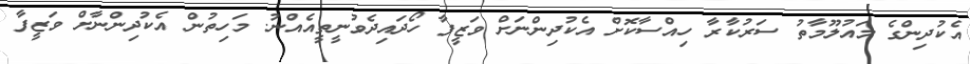
އެކުދިންގެ މައުލޫމާތު ސަރުކާރާ ހިއްސާކޮށް އެކުދިންނަށް ވަޒީފާ ހޯދައިދެވުނީތީއެއްނު. މަހިތުން އެކުދިންނާށް ވަޒީފާ